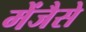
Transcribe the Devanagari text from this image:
मेंजैसे